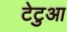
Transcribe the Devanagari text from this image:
टेटुआ